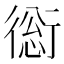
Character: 𧗺